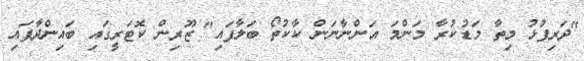
"ދަރިފުޅު މިތާ މަޑުކުރާ މަންމަ އަންނާނަން ކާކުތޯ ބަލާފައި" ޒޫރިން ކޮޓަރީގައި ބައިންދާފައި